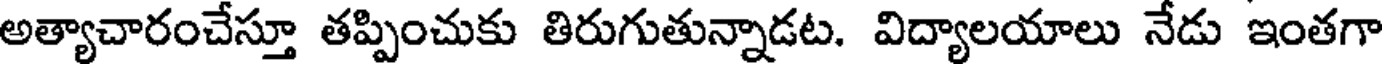
అత్యాచారంచేస్తూ తప్పించుకు తిరుగుతున్నాడట. విద్యాలయాలు నేడు ఇంతగా